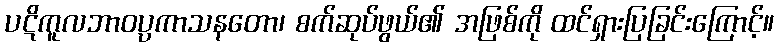
ပဋိကူလဘာဝပ္ပကာသနတော၊ စက်ဆုပ်ဖွယ်၏ အဖြစ်ကို ထင်ရှားပြခြင်းကြောင့်။